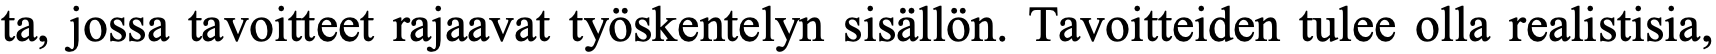
ta, jossa tavoitteet rajaavat työskentelyn sisällön. Tavoitteiden tulee olla realistisia,